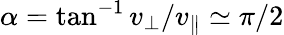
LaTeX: \alpha=\tan^{-1}v_{\perp}/v_{\parallel}\simeq\pi/2